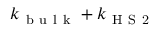
k _ { \mathrm { ~ b ~ u ~ l ~ k ~ } } + k _ { \mathrm { ~ H ~ S ~ 2 ~ } }